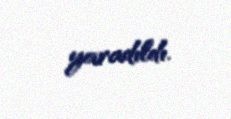
yaradıldı.